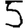
Digit: 5